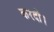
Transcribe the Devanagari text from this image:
करदी।